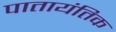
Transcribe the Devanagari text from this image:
पातायंतिक